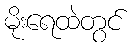
မိုးရေထဲတွင်